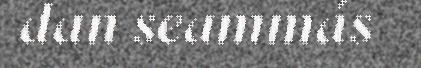
dan seammás